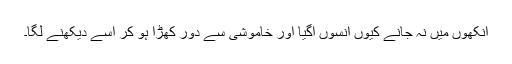
آنکھوں میں نہ جانے کیوں آنسوں آگیا اور خاموشی سے دور کھڑا ہو کر اسے دیکھنے لگا۔